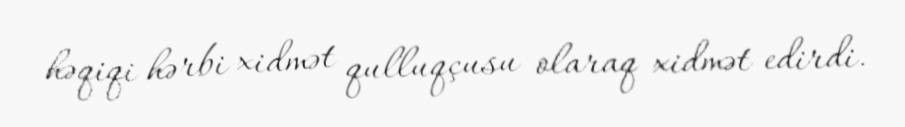
həqiqi hərbi xidmət qulluqçusu olaraq xidmət edirdi.